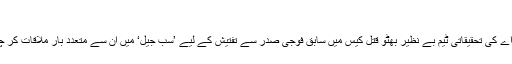
‘‘
ایف آئی اے کی تحقیقاتی ٹیم بے نظیر بھٹو قتل کیس میں سابق فوجی صدر سے تفتیش کے لیے ’سب جیل‘ میں اُن سے متعدد بار ملاقات کر چکی ہے۔